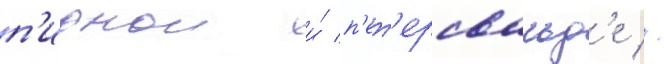
п'ирнои и́ п'ет'ерсвальд'е //